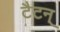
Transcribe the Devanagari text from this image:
टैटन्